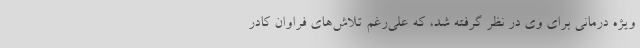
ویژه درمانی برای وی در نظر گرفته شد، که علی‌رغم تلاش‌های فراوان کادر